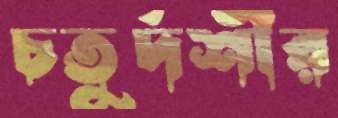
চতুর্দশীর